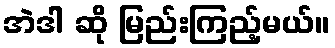
အဲဒါ ဆို မြည်းကြည့်မယ်။